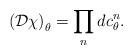
LaTeX: \begin{align*}\left({\cal D}\chi\right)_\theta = \prod_n dc^n_\theta.\end{align*}